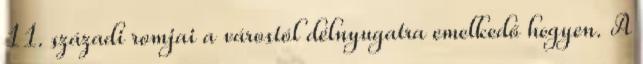
11. századi romjai a várostól délnyugatra emelkedő hegyen. A